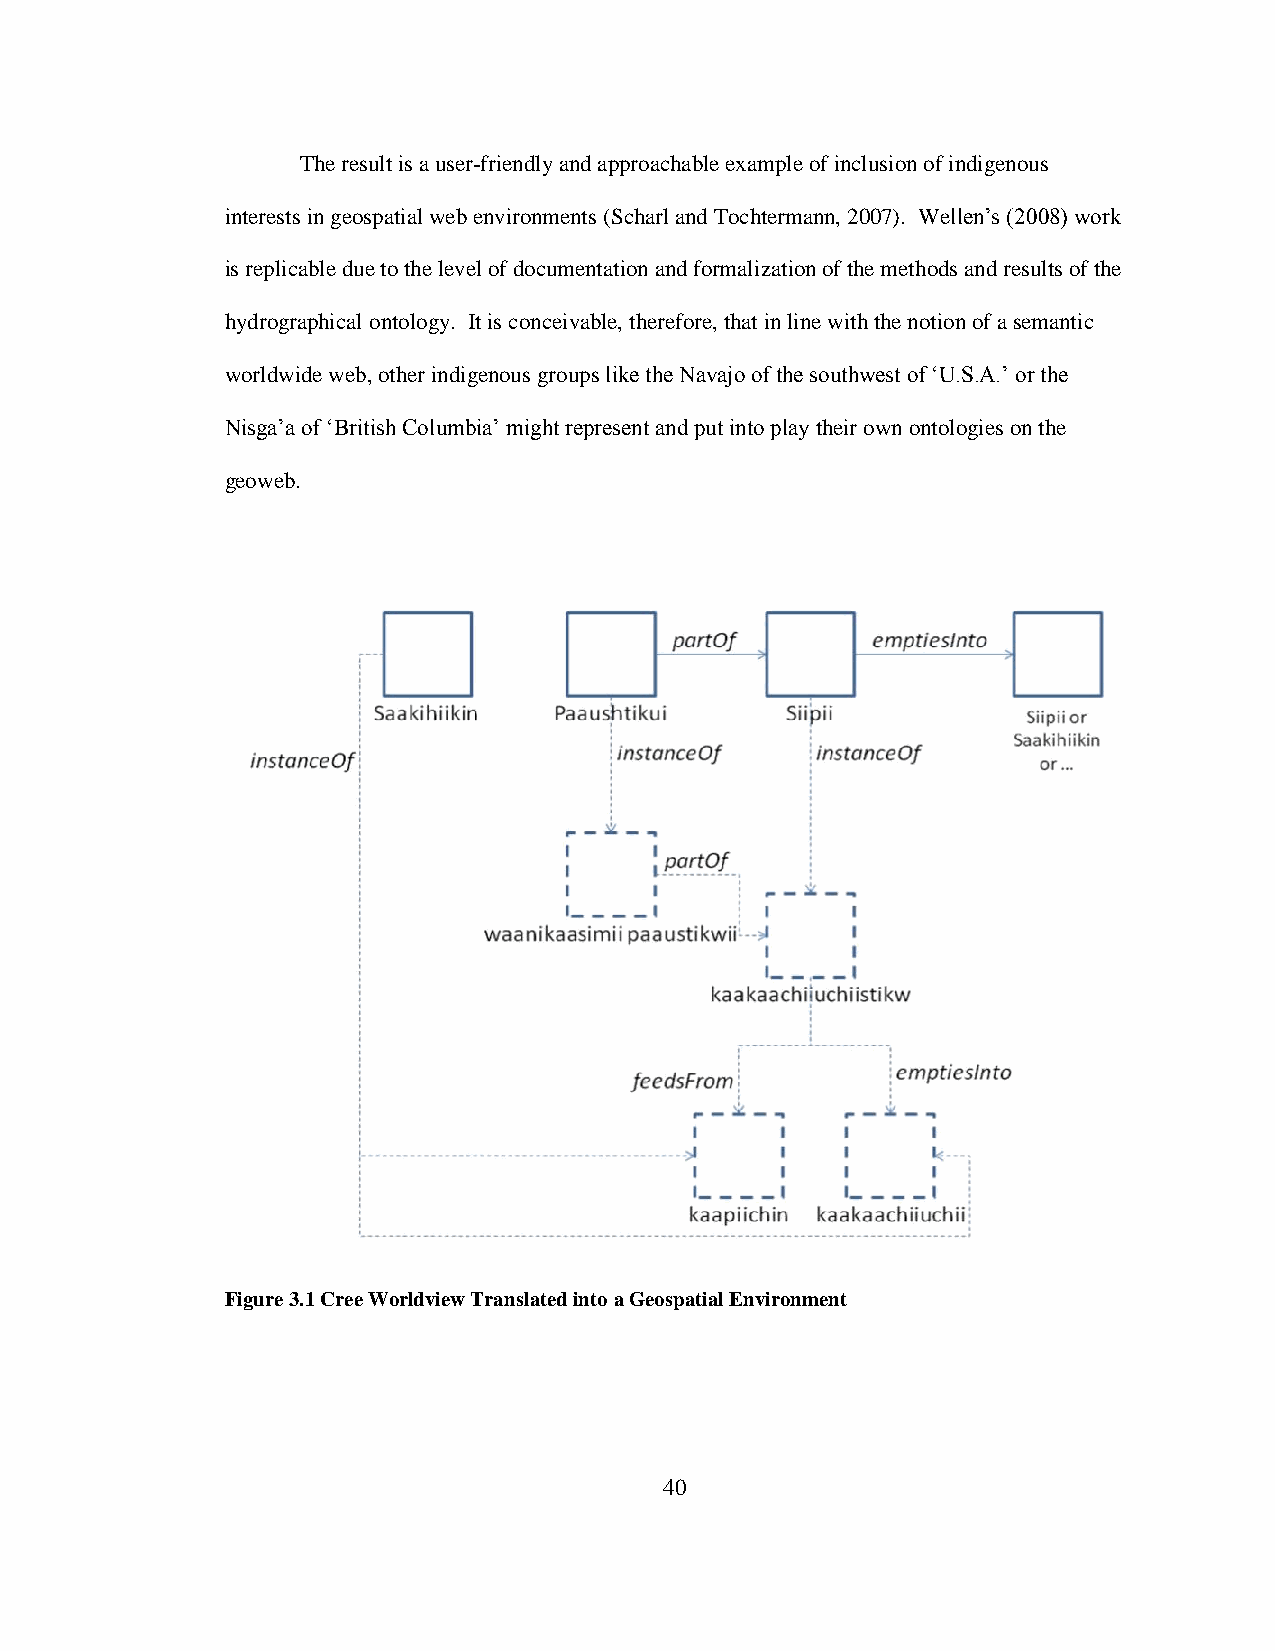
The result is a user-friendly and approachable example of inclusion of indigenous
 interests in geospatial web environments (Scharl and Tochtermann, 2007). Wellen‟s (2008) work
 is replicable due to the level of documentation and formalization of the methods and results of the
 hydrographical ontology. It is conceivable, therefore, that in line with the notion of a semantic
 worldwide web, other indigenous groups like the Navajo of the southwest of „U.S.A.‟ or the
 Nisga‟a of „British Columbia‟ might represent and put into play their own ontologies on the
 geoweb.
 Figure 3.1 Cree Worldview Translated into a Geospatial Environment
 40